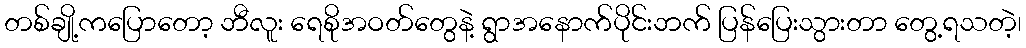
တစ်ချို့ကပြောတော့ ဘီလူး ရေစိုအဝတ်တွေနဲ့ ရွာအနောက်ပိုင်းဘက် ပြန်ပြေးသွားတာ တွေ့ရသတဲ့၊